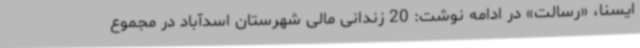
ایسنا، «رسالت» در ادامه نوشت: 20 زندانی مالی شهرستان اسدآباد در مجموع